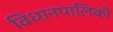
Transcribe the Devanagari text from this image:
विधानपालिकी